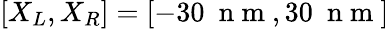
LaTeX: [X_{L},X_{R}]=[-30~\mathrm{~n~m~},30~\mathrm{~n~m~}]